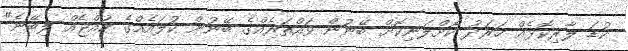
ކުޑަ ލާރިކޮޅެއް ހަރަދު ކޮށްލަނިކޮށް ބޭނުން ވައްތަރެއްގެ ބޭނުން ކުލައެއްގެ ކުއްޖެއް ލިބޭނެ"